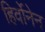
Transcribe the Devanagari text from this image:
हिर्वोनेन